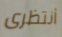
أنتظرى